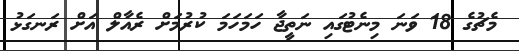
މެޗުގެ 18 ވަނަ މިނެޓުގައި ނަތީޖާ ހަމަހަމަ ކުރުމަށް ރެއާލް އަށް ރަނގަޅު